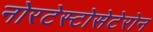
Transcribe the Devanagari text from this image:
नोरटेस्टोसेटेरोन